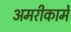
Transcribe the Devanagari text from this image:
अमरीकामें